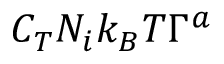
C _ { T } N _ { i } k _ { B } T \Gamma ^ { a }